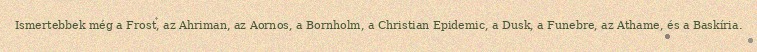
Ismertebbek még a Frost, az Ahriman, az Aornos, a Bornholm, a Christian Epidemic, a Dusk, a Funebre, az Athame, és a Baskíria.